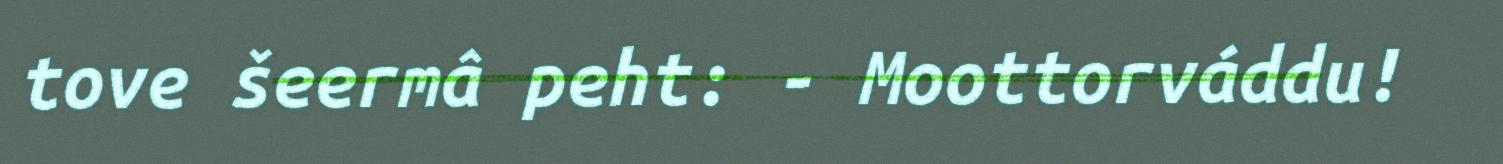
tove šeermâ peht: - Moottorváddu!